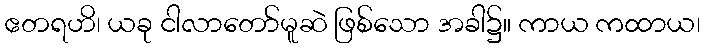
ဧတရဟိ၊ ယခု ငါလာတော်မူဆဲ ဖြစ်သော အခါ၌။ ကာယ ကထာယ၊